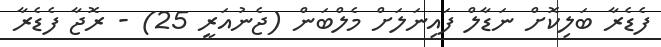
ފެޑެރާ ބަލިކޮށް ނަޑާލް ފައިނަލަށް މެލްބަން (ޖެނުއަރީ 25) - ރޮޖާ ފެޑެރާ